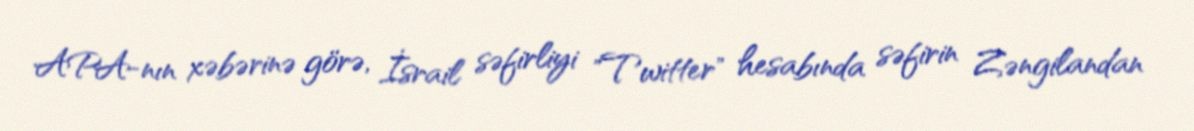
APA-nın xəbərinə görə, İsrail səfirliyi "Twitter" hesabında səfirin Zəngilandan